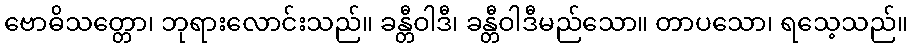
ဗောဓိသတ္တော၊ ဘုရားလောင်းသည်။ ခန္တီဝါဒီ၊ ခန္တီဝါဒီမည်သော။ တာပသော၊ ရသေ့သည်။